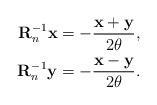
LaTeX: \begin{align*}\mathbf{R}_{n}^{-1} \mathbf{x} = - \frac{\mathbf{x} + \mathbf{y}}{2\theta} , \\\mathbf{R}_{n}^{-1} \mathbf{y} = - \frac{\mathbf{x} - \mathbf{y}}{2\theta}. \end{align*}